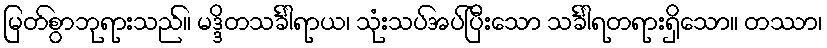
မြတ်စွာဘုရားသည်။ မဒ္ဒိတသင်္ခါရာယ၊ သုံးသပ်အပ်ပြီးသော သင်္ခါရတရားရှိသော။ တဿာ၊